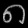
Digit: ၈